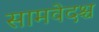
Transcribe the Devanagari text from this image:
सामवेदश्च